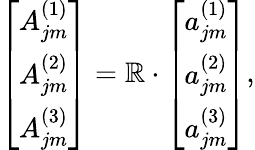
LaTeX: \left[\begin{array}{c}{{A_{jm}^{(1)}}}\\ {{A_{jm}^{(2)}}}\\ {{A_{jm}^{(3)}}}\end{array}\right]=\mathbb{R}\cdot\left[\begin{array}{c}{{a_{jm}^{(1)}}}\\ {{a_{jm}^{(2)}}}\\ {{a_{jm}^{(3)}}}\end{array}\right],